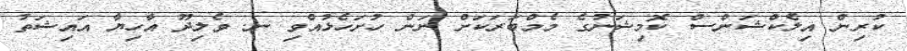
ކުރިން އިލެކްޝަންސް ކޮމިޝަނުގެ މެމްބަރަކަށް ނަން ހުށަހެޅުއްވި ނ. ވެލިދޫ އާހިޔާ އައިޝަތު